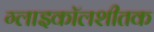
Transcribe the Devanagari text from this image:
ग्लाइकॉलशीतक